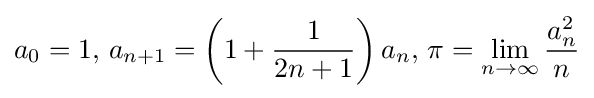
a_{0}=1,\,a_{n+1}=\left(1+{\frac {1}{2n+1}}\right)a_{n},\,\pi =\lim _{n\to \infty }{\frac {a_{n}^{2}}{n}}